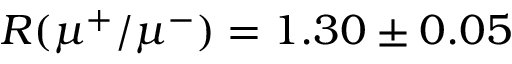
R ( \mu ^ { + } / \mu ^ { - } ) = 1 . 3 0 \pm 0 . 0 5